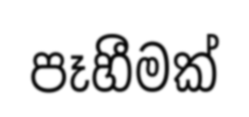
පෑහීමක්